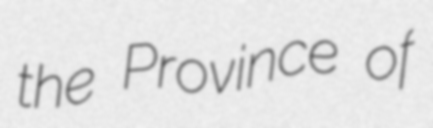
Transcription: the Province of